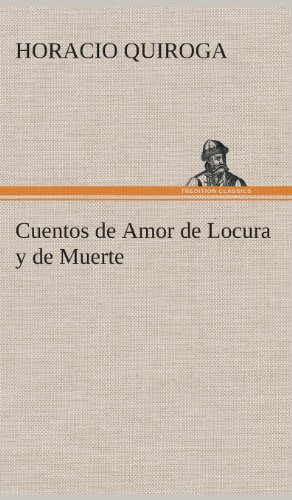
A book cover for Cuentos de Amor de Locura y de Muerte (Spanish Edition); Horacio Quiroga; Literature & Fiction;